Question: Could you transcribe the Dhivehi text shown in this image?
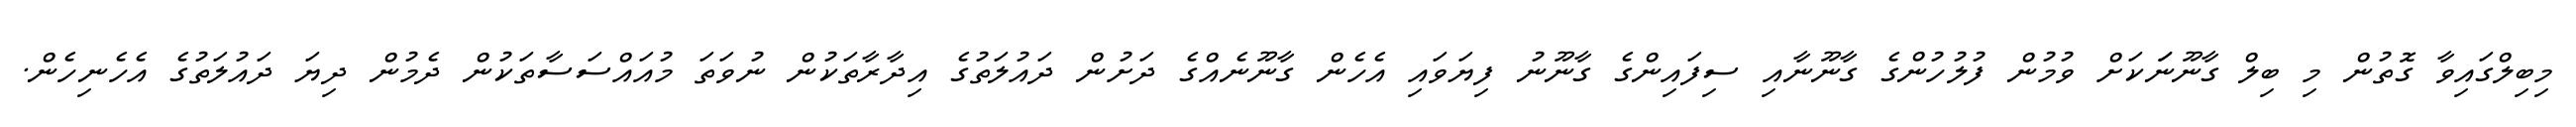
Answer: މިބިލްގައިވާ ގޮތުން މި ބިލް ގާނޫނަަކަށް ވުމުން ފުލުހުންގެ ގާނޫނާއި ސިފައިންގެ ގާނޫނު ފިޔަވައި އެހެން ގާނޫނެއްގެ ދަށުން ދައުލަތުގެ އިދާރާތަކުން ނުވަތަ މުއައްސަސާތަކުން ދެމުން ދިޔަ ދައުލަތުގެ އެހެނިހެން.